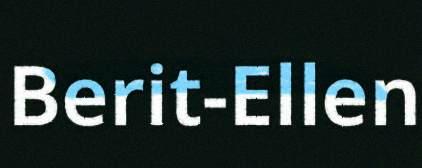
Berit-Ellen